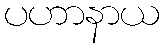
ပဟာနာယ